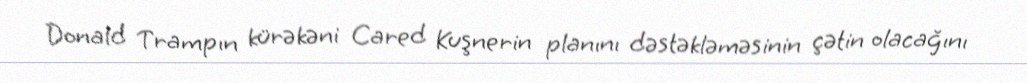
Donald Trampın kürəkəni Cared Kuşnerin planını dəstəkləməsinin çətin olacağını